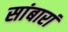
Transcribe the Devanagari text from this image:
सांबारां